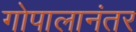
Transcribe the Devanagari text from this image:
गोपालानंतर